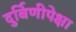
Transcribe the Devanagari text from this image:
दुर्बिणीपेक्षा